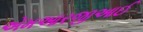
એમઆરજીઆઈ